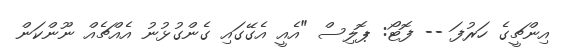
އިންޗީގެ ހަރުފަ -- ފޮޓޯ: ޕޮލިސް "އެއީ އެގޭގައި ގެންގުޅުނު އެއްޗެއް ނޫންކަން